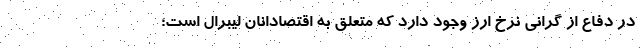
در دفاع از گرانی نرخ ارز وجود دارد که متعلق به اقتصادانان لیبرال است؛